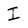
Character: I